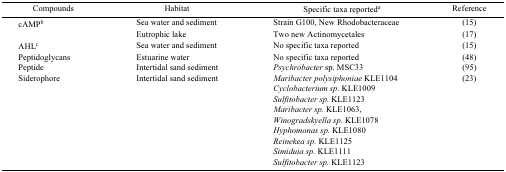
<table><thead><tr><td><b>Compounds</b></td><td><b>Habitat</b></td><td><b>Specific taxa reporteda</b></td><td><b>Reference</b></td></tr></thead><tbody><tr><td>cAMPb</td><td>Sea water and sediment</td><td>Strain G100, New Rhodobacteraceae</td><td>(15)</td></tr><tr><td></td><td>Eutrophic lake</td><td>Two new Actinomycetales</td><td>(17)</td></tr><tr><td>AHLc</td><td>Sea water and sediment</td><td>No specific taxa reported</td><td>(15)</td></tr><tr><td>Peptidoglycans</td><td>Estuarine water</td><td>No specific taxa reported</td><td>(48)</td></tr><tr><td>Peptide</td><td>Intertidal sand sediment</td><td><i>Psychrobacter</i> sp. MSC33</td><td>(95)</td></tr><tr><td>Siderophore</td><td>Intertidal sand sediment</td><td><i>Maribacter polysiphoniae</i> KLE1104</td><td>(23)</td></tr><tr><td></td><td></td><td><i>Cyclobacterium sp.</i> KLE1009</td><td></td></tr><tr><td></td><td></td><td><i>Sulfitobacter sp.</i> KLE1123</td><td></td></tr><tr><td></td><td></td><td><i>Maribacter sp.</i> KLE1063,</td><td></td></tr><tr><td></td><td></td><td><i>Winogradskyella sp.</i> KLE1078</td><td></td></tr><tr><td></td><td></td><td><i>Hyphomonas sp.</i> KLE1080</td><td></td></tr><tr><td></td><td></td><td><i>Reinekea sp.</i> KLE1125</td><td></td></tr><tr><td></td><td></td><td><i>Simiduia sp.</i> KLE1111</td><td></td></tr><tr><td></td><td></td><td><i>Sulfitobacter sp.</i> KLE1123</td><td></td></tr></tbody></table>